Elephants and their diseases
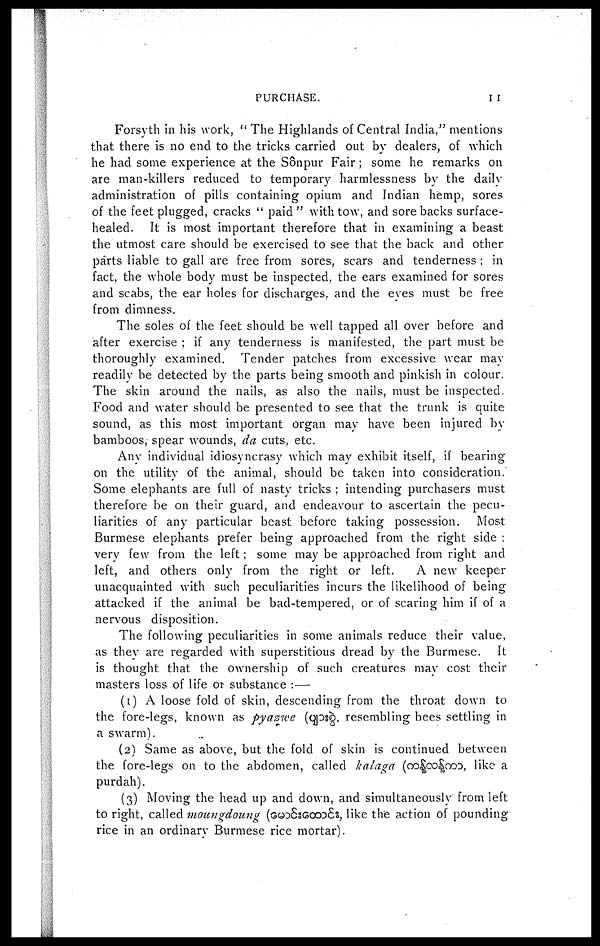
PURCHASE.
I I
Forsyth in his work, " The Highlands of Central India," mentions
that there is no end to the tricks carried out by dealers, of which
he had some experience at the Sônpur Fair; some he remarks on
are man-killers reduced to temporary harmlessness by the daily
administration of pills containing opium and Indian hemp, sores
of the feet plugged, cracks " paid " with tow, and sore backs surface-
healed. It is most important therefore that in examining a beast
the utmost care should be exercised to see that the back and other
parts liable to gall are free from sores, scars and tenderness ; in
fact, the whole body must be inspected, the ears examined for sores
and scabs, the ear holes for discharges, and the eyes must be free
from dimness.
The soles of the feet should be well tapped all over before and
after exercise ; if any tenderness is manifested, the part must be
thoroughly examined. Tender patches from excessive wear may
readily be detected by the parts being smooth and pinkish in colour.
The skin around the nails, as also the nails, must be inspected.
Food and water should be presented to see that the trunk is quite
sound, as this most important organ may have been injured by
bamboos, spear wounds, da cuts, etc.
Any individual idiosyncrasy which may exhibit itself, if bearing
on the utility of the animal, should be taken into consideration.
Some elephants are full of nasty tricks ; intending purchasers must
therefore be on their guard, and endeavour to ascertain the pecu-
liarities of any particular beast before taking possession. Most
Burmese elephants prefer being approached from the right side ;
very few from the left; some may be approached from right and
left, and others only from the right or left.
A new keeper
unacquainted with such peculiarities incurs the likelihood of being
attacked if the animal be bad-tempered, or of scaring him if of a
nervous disposition.
The following peculiarities in some animals reduce their value,
as they are regarded with superstitious dread by the Burmese. It
is thought that the ownership of such creatures may cost their
masters loss of life or substance :—
(1) A loose fold of skin, descending from the throat clown to
the fore-legs, known as pyazive (
, resembling bees settling in
a swarm).
(2) Same as above, but the fold of skin is continued between
the fore-legs on to the abdomen, called kalaga (
like a
purdah).
(3) Moving the head up and down, and simultaneously from left
to right, called moungdoung (
, like the action of pounding
rice in an ordinary Burmese rice mortar).